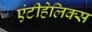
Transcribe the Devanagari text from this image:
एंटीहेलिक्स